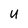
Character: U